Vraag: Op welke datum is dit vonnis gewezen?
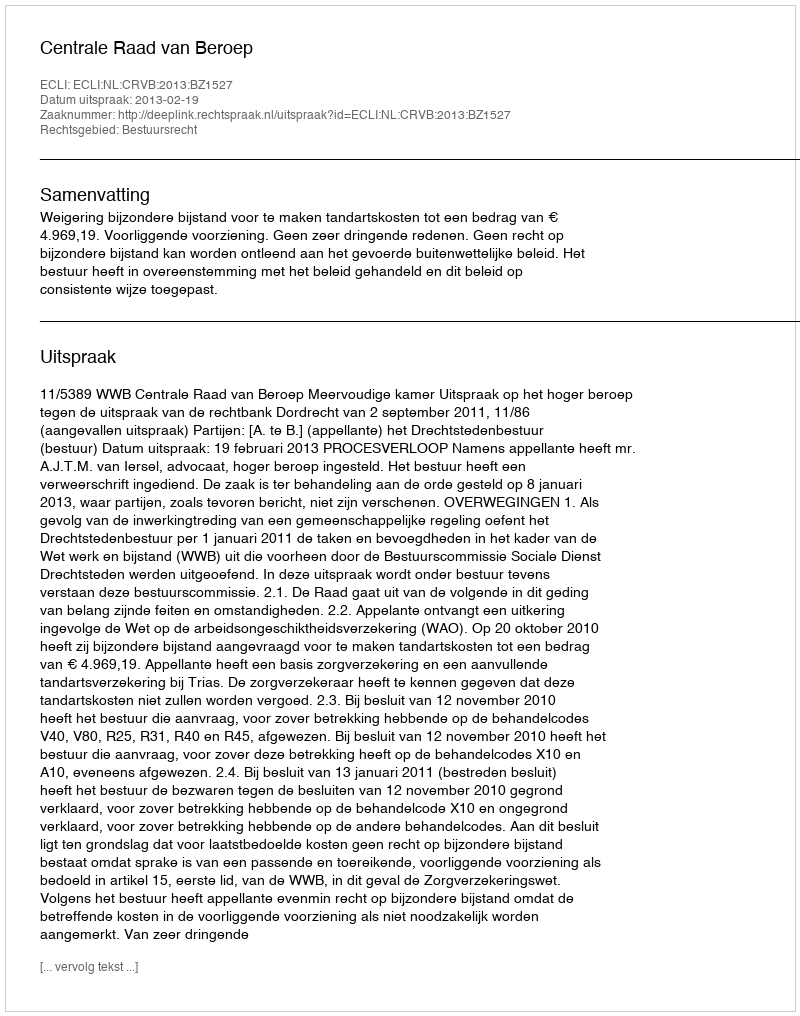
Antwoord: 2013-02-19